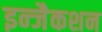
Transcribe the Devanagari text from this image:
इन्जैकशन